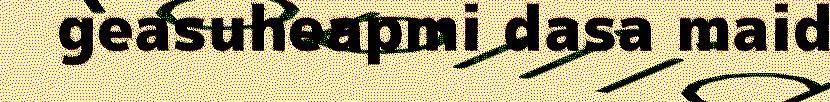
geasuheapmi dasa maid